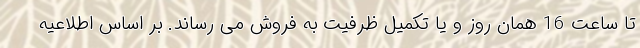
تا ساعت 16 همان روز و یا تکمیل ظرفیت به فروش می رساند. بر اساس اطلاعیه